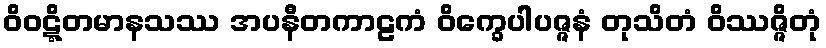
ဝိဝဋ္ဋိတမာနသဿ အပနီတကာဠကံ ဝိက္ခေပါပဇ္ဇနံ တုသိတံ ဝိဿဇ္ဇိတုံ